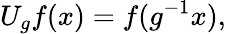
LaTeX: U_{g}f(x)=f(g^{-1}x),